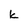
Character: k